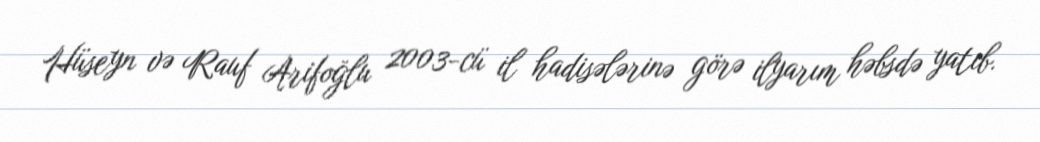
Hüseyn və Rauf Arifoğlu 2003-cü il hadisələrinə görə ilyarım həbsdə yatıb.